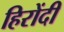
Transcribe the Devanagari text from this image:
हिरोंदी